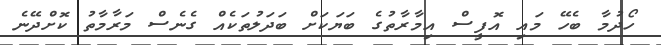
ހޯދުމާ ބެހޭ މައި އޮފީސް އިމާރާތުގެ ބަޔަކަށް ބަދަލުތަކެއް ގެނެސް މަރާމާތު ކޮށްދޭނެ